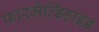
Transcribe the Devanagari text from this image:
फारमैल्डिहाइड